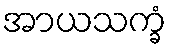
အာယသက္ခံ